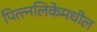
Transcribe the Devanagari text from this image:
पित्त्नलिकेमधील